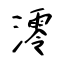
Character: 澪